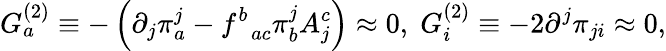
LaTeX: G_{a}^{(2)}\equiv-\left(\partial_{j}\pi_{a}^{j}-f_{\; \; ac}^{b}\pi_{b}^{j}A_{j}^{c}\right)\approx 0,\; G_{i}^{(2)}\equiv-2\partial^{j}\pi_{ji}\approx 0,